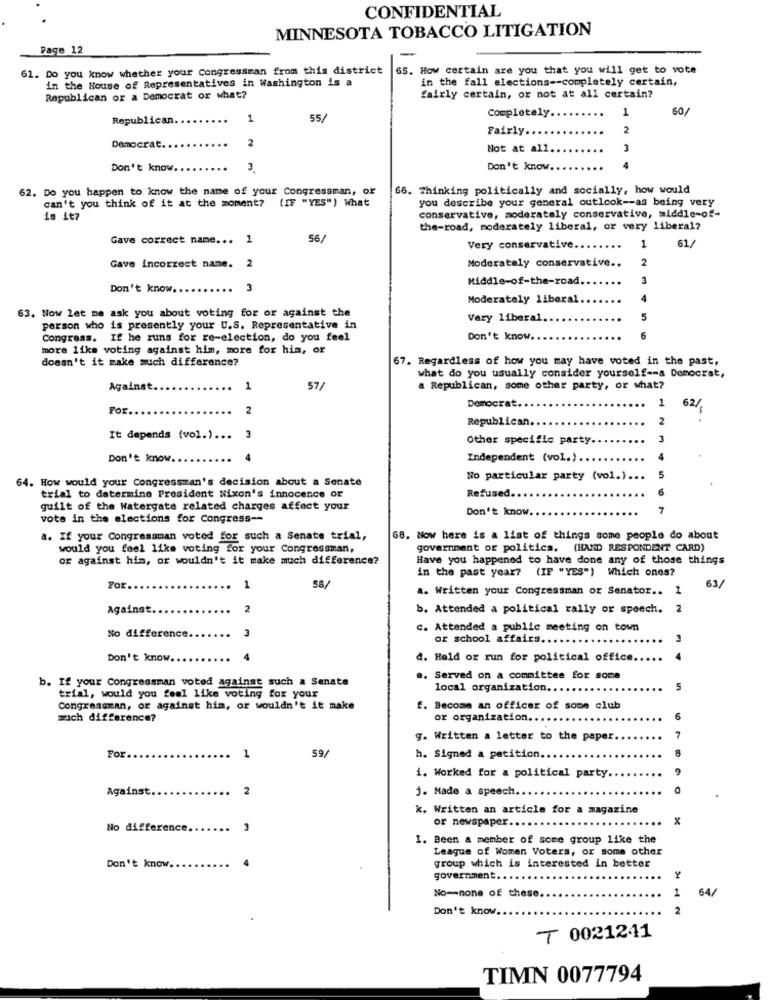
CONFIDENTIAL
MINNESOTA TOBACCO LITIGATION
Page 12
-
61. Do you know whether your Congressman from this district
65. How certain are you that you will get to vote
in the House of Representatives in Washington is a
in the fall elections -- completely certain,
Republican or a Democrat or what?
fairly certain, or not at all certain?
1
60/
Republican.
1
55/
Completely.
Fairly.
2
Democrat.
2
Not at all
3
Don't know.
3.
Don't know.
4
62. Do you happen to know the name of your Congressman, ox
66. Thinking politically and socially, how would
can't you think of it at the moment? (IF "YES") What
you describe your general outlook -- as being very
is it?
conservative, moderately conservative, middle-of-
the-road, moderately liberal, or very liberal?
Gave correct name ...
56/
61/
Very conservative ..
1
2
Gave Incorrect name.2
Moderately conservative ..
Middle-of-the-road.
3
Don't know ..
Moderately liberal
4
63. Now let me ask you about voting for or against the
Vary liberal
5
person who is presently your U.S. Representative in
Congress. If he runs for re-election, do you feel
Don't know.
6
more like voting against him, more for him, or
doesn't it make much difference?
67. Regardless of how you may have voted in the past,
what do you usually consider yourself -- a Democrat,
Against.
1
57/
a Republican, some other party, or what?
Democrat.
1
For ..
2
62/
Republican ..
2
It depends (vol.) ... 3
Other specific party.
3
Don't know ..
4
Independent (vol.).
4
64. How would your Congressman's decision about a Senate
No particular party (vol.) ...
Refused.
6
trial to datermino President Nixon's innocence or
guilt of the Watergate related charges affect your
Don't know
7
vote in the elections for Congress --
a. If your Congressman voted for such a Senate trial,
68. Now here is a list of things some people do about
would you feel like voting for your Congressman,
government or politics. (HAND RESPONDENT CARD)
or against him, or wouldn't it make much difference?
Have you happened to have done any of those things
in the past year? (IF "YES") Which ones?
61/
Por ..
1
58/
a. Written your Congressman or Senator ..
Against ..
2
b. Attended a political rally or speech. 2
c. Attended a public meeting on town
No difference.
or school affairs ..
3
Don't know.
4
a. Hold or run for political office
b. If your Congressman voted against such a Senate
a. Served on a committee for some
local organization ..
5
trial, would you feel like voting for your
Congressman, or against him, or wouldn't it make
f. Become an officer of some club
much difference?
or organization ...
6
g. Written a letter to the paper.
8
For
1
59/
h. Signed a petition.
i. Worked for a political party.
Against
2
j. Made a speech ..
k. Written an article for a magazine
or newspaper.
x
No difference.
3
1. Been a member of some group like the
League of Women Voters, or some other
Don't know.
group which is interested in better
government ...
Y
1
64/
No =- none of these.
Don't know.
2
T 0021241
TIMN 0077794